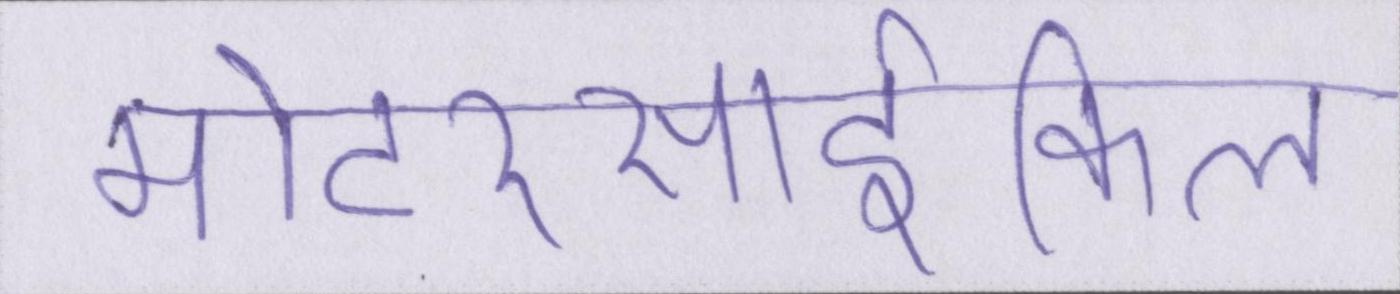
मोटरसार्इकिल